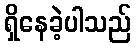
ရှိနေခဲ့ပါသည်